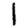
Digit: 1